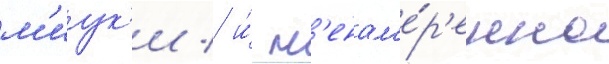
м'иук'и / и́ н'енам'е́р'енно